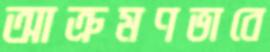
আক্রমণভাবে